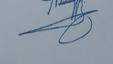
Signature authenticity: genuine